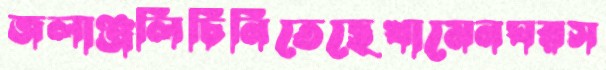
জলাঞ্জলিচিনিতেছেখামেনঘরস